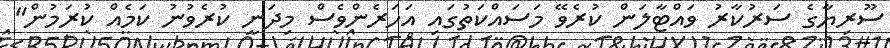
ސޫރިޔާގެ ސަރުކާރު ވައްޓާލަން ކުރެވޭ މަސައްކަތުގައި އަހަރެންވެސް މިދަނީ ކުރެވުނު ކަމެއް ކުރަމުން"